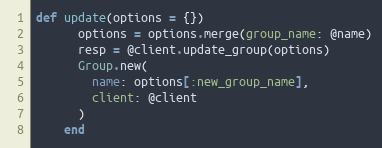
Language: Ruby
def update(options = {})
      options = options.merge(group_name: @name)
      resp = @client.update_group(options)
      Group.new(
        name: options[:new_group_name],
        client: @client
      )
    end